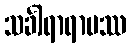
သင်္ခါရာရာမဿ